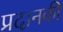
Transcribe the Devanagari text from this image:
प्रदानकी